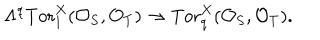
LaTeX: \Lambda ^ { q } \mathrm { T o r } _ { 1 } ^ { X } ( { \cal O } _ { S } , { \cal O } _ { T } ) \to \mathrm { T o r } _ { q } ^ { X } ( { \cal O } _ { S } , { \cal O } _ { T } ) .